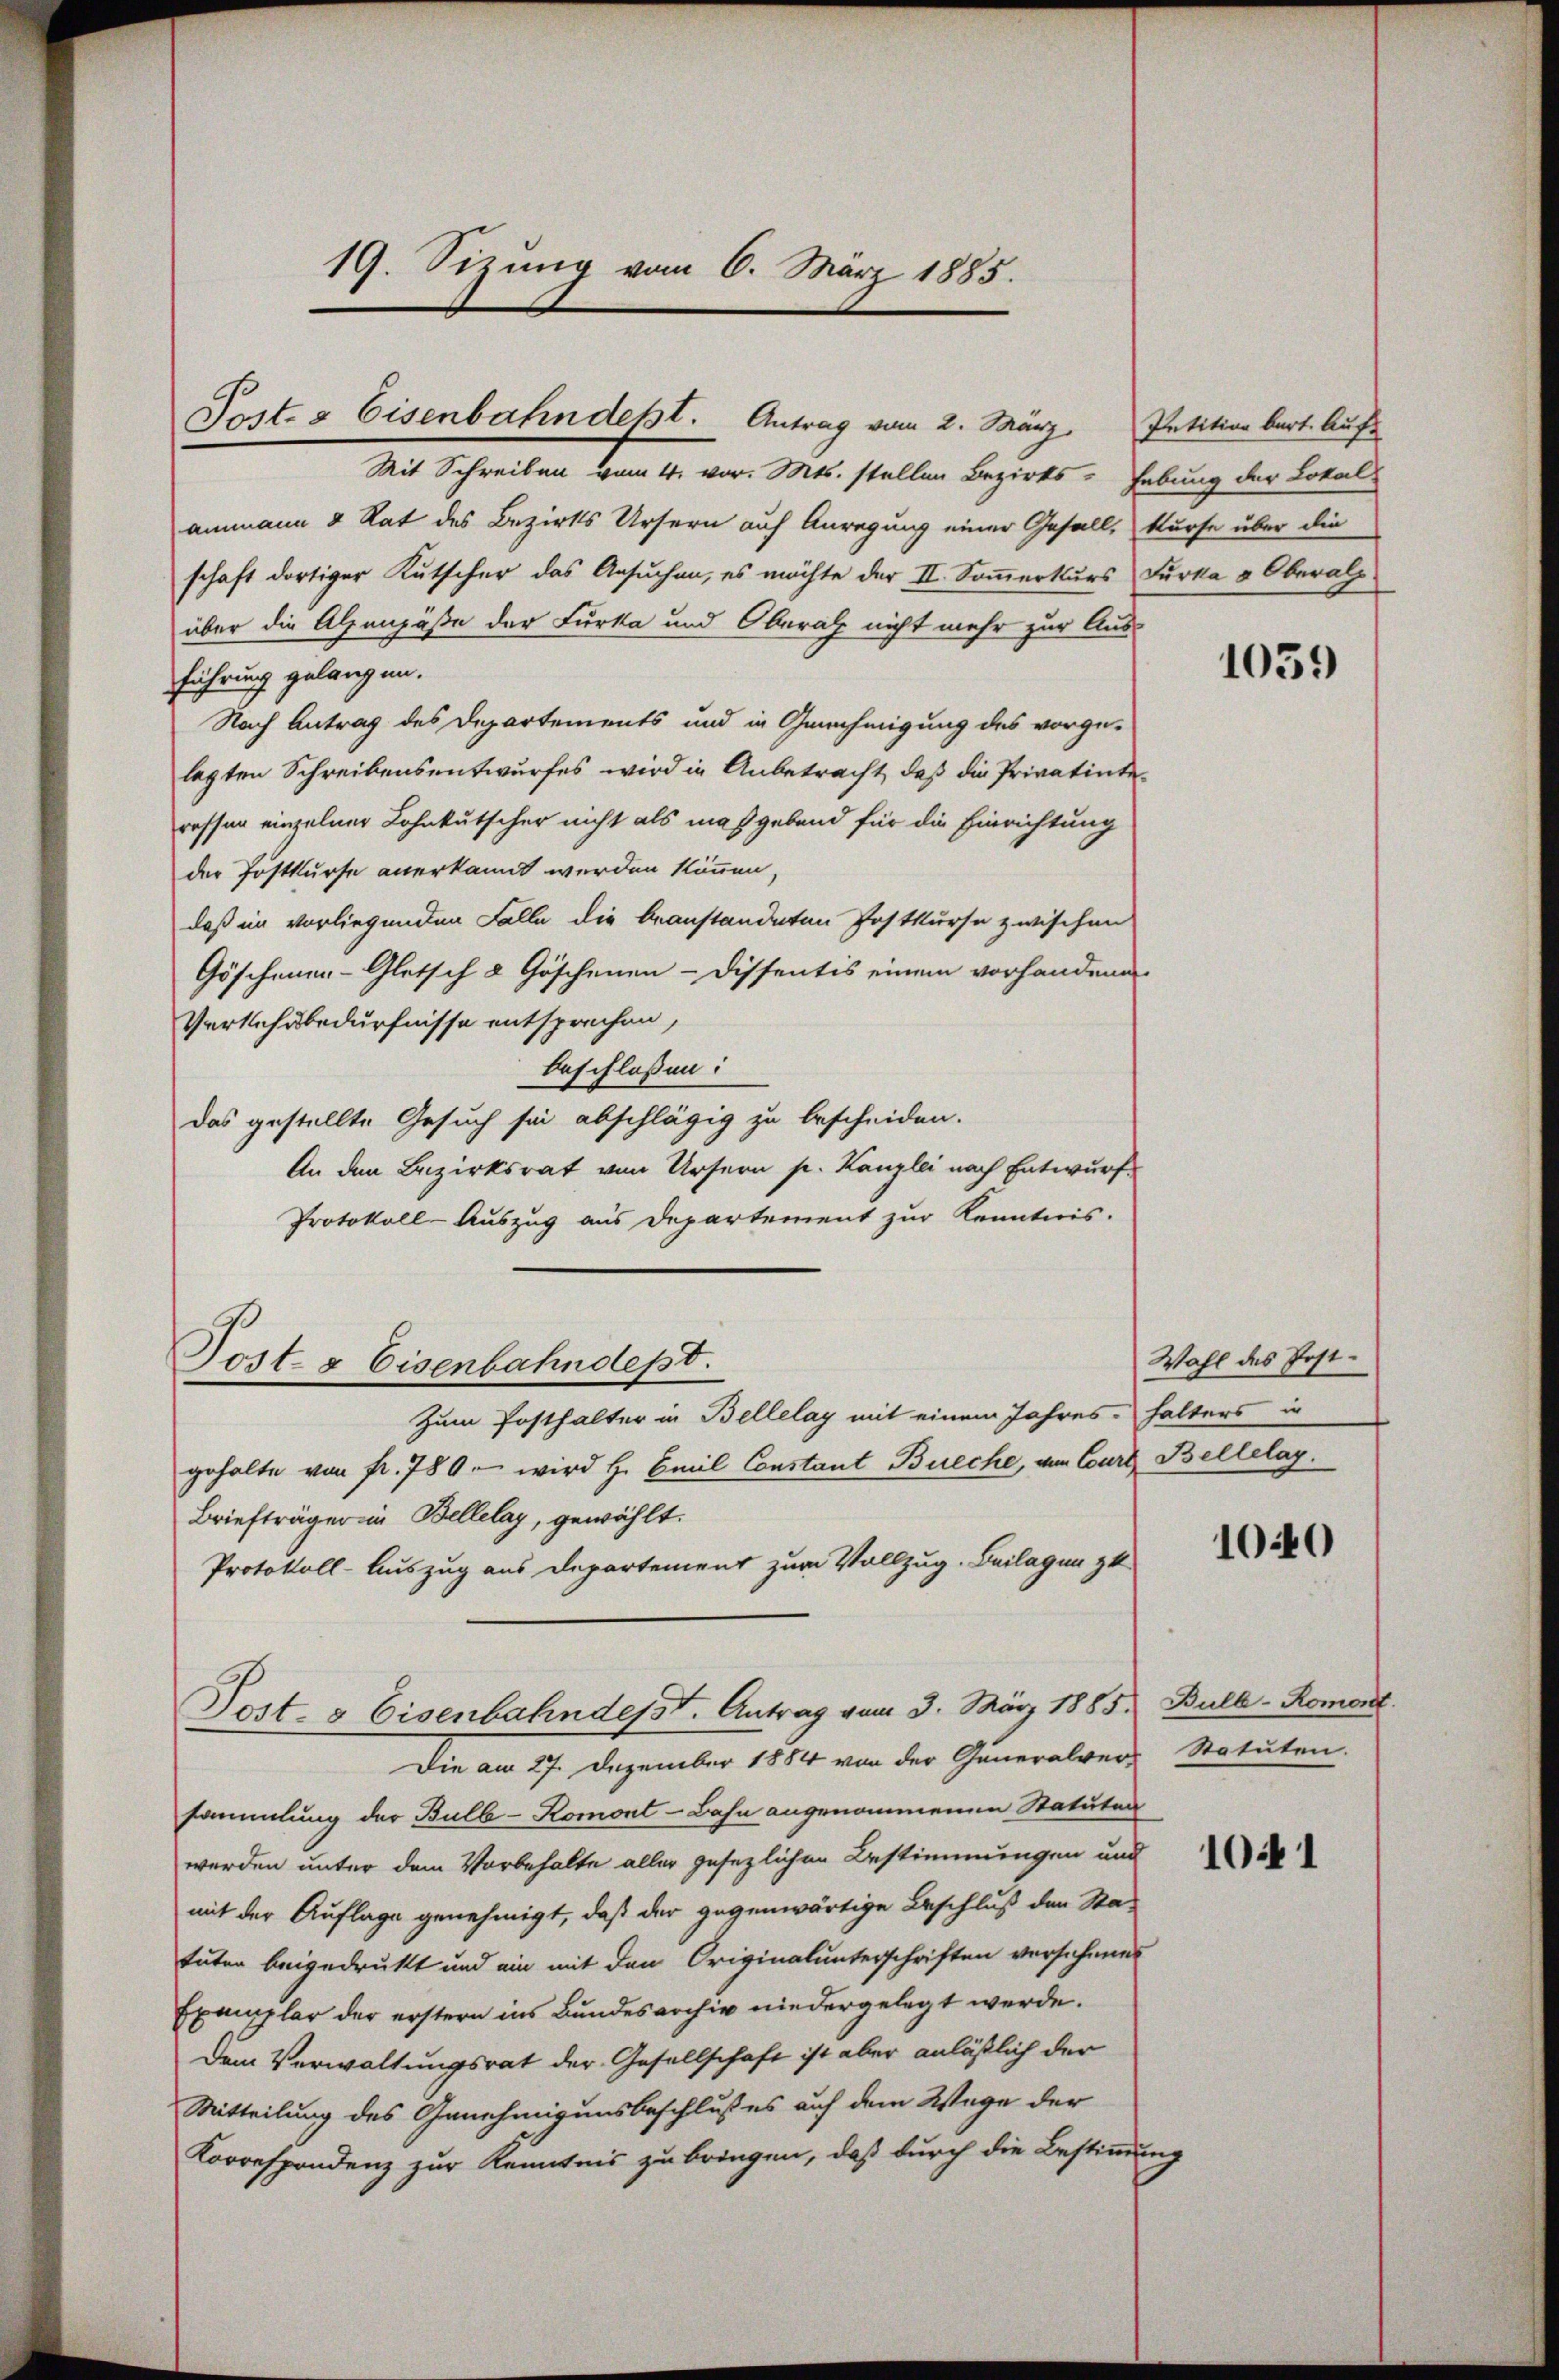
19. Sizung vom 6. März 1885.
Post- & Eisenbahndest. Antrag vom 2. März, Petition bart. Auf-

Mit Schreiben vom 4. vor. Mts. stellen Bezirks- Hebung der Localammann & Rat des Bezirks Ursern auf Anregung einer Gefall, kurse über die
schaft dortiger Kutscher das Ansuchen, es möchte der II. Sommerkurs Furka & Oberalp
über die Alpenpäße der Furka und Oberal nicht mehr zur Aus-
führung gelangen.
Nach Antrag des Departements und in Genehmigung des vorgelegten Schreibensentwurfes wird in Anbetracht, daß die Privatinteressen einzelner Lohnkutscher nicht als maßgebend für die Einrichtung
der Postkurse anerkannt werden können,
daß in vorliegenden Falle die beanstandeten Postkurse zwischen
Göschenen-Gletsch 2 Göschenen-Dissentis einem vorhandenen
Verkehrsbedürfnisse entsprechen,
beschlossen:
das gestellte Gesuch sei abschlägig zu bescheiden.
An den Bezirksrat von Ursern p. Kanzlei nach Entwurf
Protokoll-Auszug aus Departement zur Kenntnis.
Post- & Eisenbahndept.
Zum Posthalter in Bellelay mit einem Jahres halters in
geholte von fr. 789. wird H. Carl Constant Bueche, von Court Bellelag.
Briefträger in Bellelay, gewählt.
Protokoll-Auszug aus Departement zum Vollzug. Beilagen z
Post- & Eisenbahndesst. Antrag vom 3. März 1885. Bull-Romont.
Die am 27. Dezember 1884 von der Generalvers Statuten.
sammlung der Bull-Komont-Bahn angenommenen Statuten
werden unter dem Vorbehalte aller gesezlichen Bestimmungen und
mit der Auflage genehmigt, daß der gegenwärtige Beschluß der Statuten beigedrukt und ein mit den Originalunterschriften versehenes
Exemplar der erstern ins Bundesarchiv niedergelegt werde.
Dem Verwaltungsrat der Gesellschaft ist aber anläßlich der
Mitteilung des Genehmigensbeschlußes auf dem Wege der
Korrespondenz zur Kenntnis zu bringen, daß durch die Bestimmung

1059

Wahl des Post¬

1040

1041